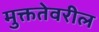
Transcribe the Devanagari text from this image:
मुक्ततेवरील